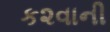
ક૨વાની